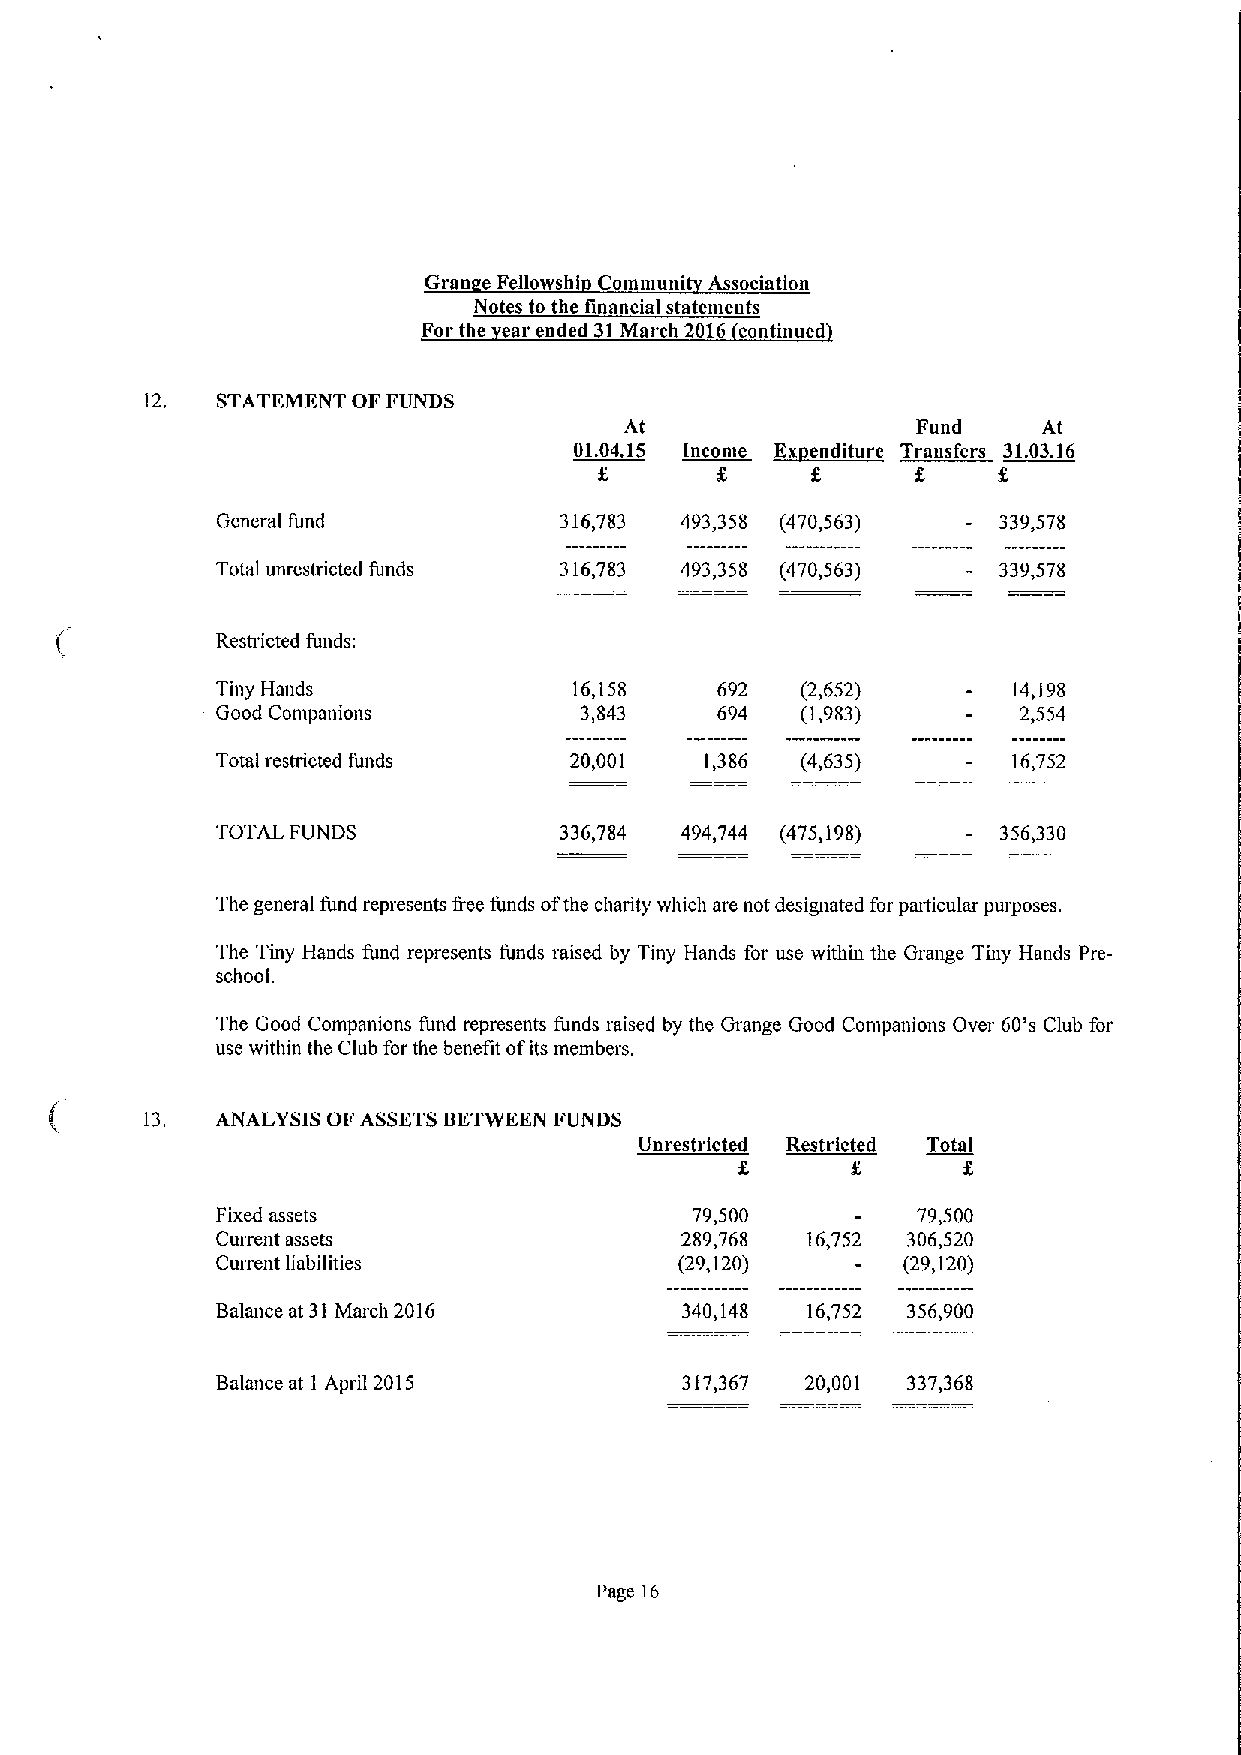
Gran e Fellowshl Communi Association
 Notes to the financial statements
 For the ear ended 31 March 2016 continued
 12. STATEMENT OFFUNDS
 At                  Fund    At
 ~00iI
 111.04.16 I           T  I  31.03.16
 f      f
 General fund           316,783 493,358 (470,563)    339,578
 Total unrestricted funds 316,783 493,358 (470,563)  339,578
 Restricted funds;
 Tiny Hands              16,158   692   (2,652)       14,198
 Good Companions         3,843    694   (1,983)       2,554
 Total restricted funds  20,001   1,386 (4,635)       16,752
 TOTAL FUNDS            336,784 494,744 (475,198)    356,330
 The general fund represents Iree funds ofthe charity which are not designated for particular purposes.
 The Tiny Hands fund represents funds raised by Tiny Hands for use within the Grange Tiny Hands Pre-
 school.
 The Good Companions fund represents funds raised by the Grange Good Companions Over 60's Club for
 use within the Club for the benefit ofits membem.
 13. ANALYSIS OF ASSETS BETWEEN FUNDS
 Unrestricted Restricted Total
 f
 Fixed assets                    79,500         79,500
 Current assets                 289,768 16,752 306,520
 Current liabilities            (29,120)       (29,120)
 Balance at 31March 2016        340,148 16,752 356,900
 Balance at I April 2015        317,367 20,001 337,368
 Page 16